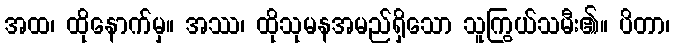
အထ၊ ထိုနောက်မှ။ အဿ၊ ထိုသုမနအမည်ရှိသော သူကြွယ်သမီး၏။ ပိတာ၊